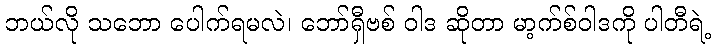
ဘယ်လို သဘော ပေါက်ရမလဲ၊ ဘော်ရှီဗစ် ဝါဒ ဆိုတာ မာ့က်စ်ဝါဒကို ပါတီရဲ့